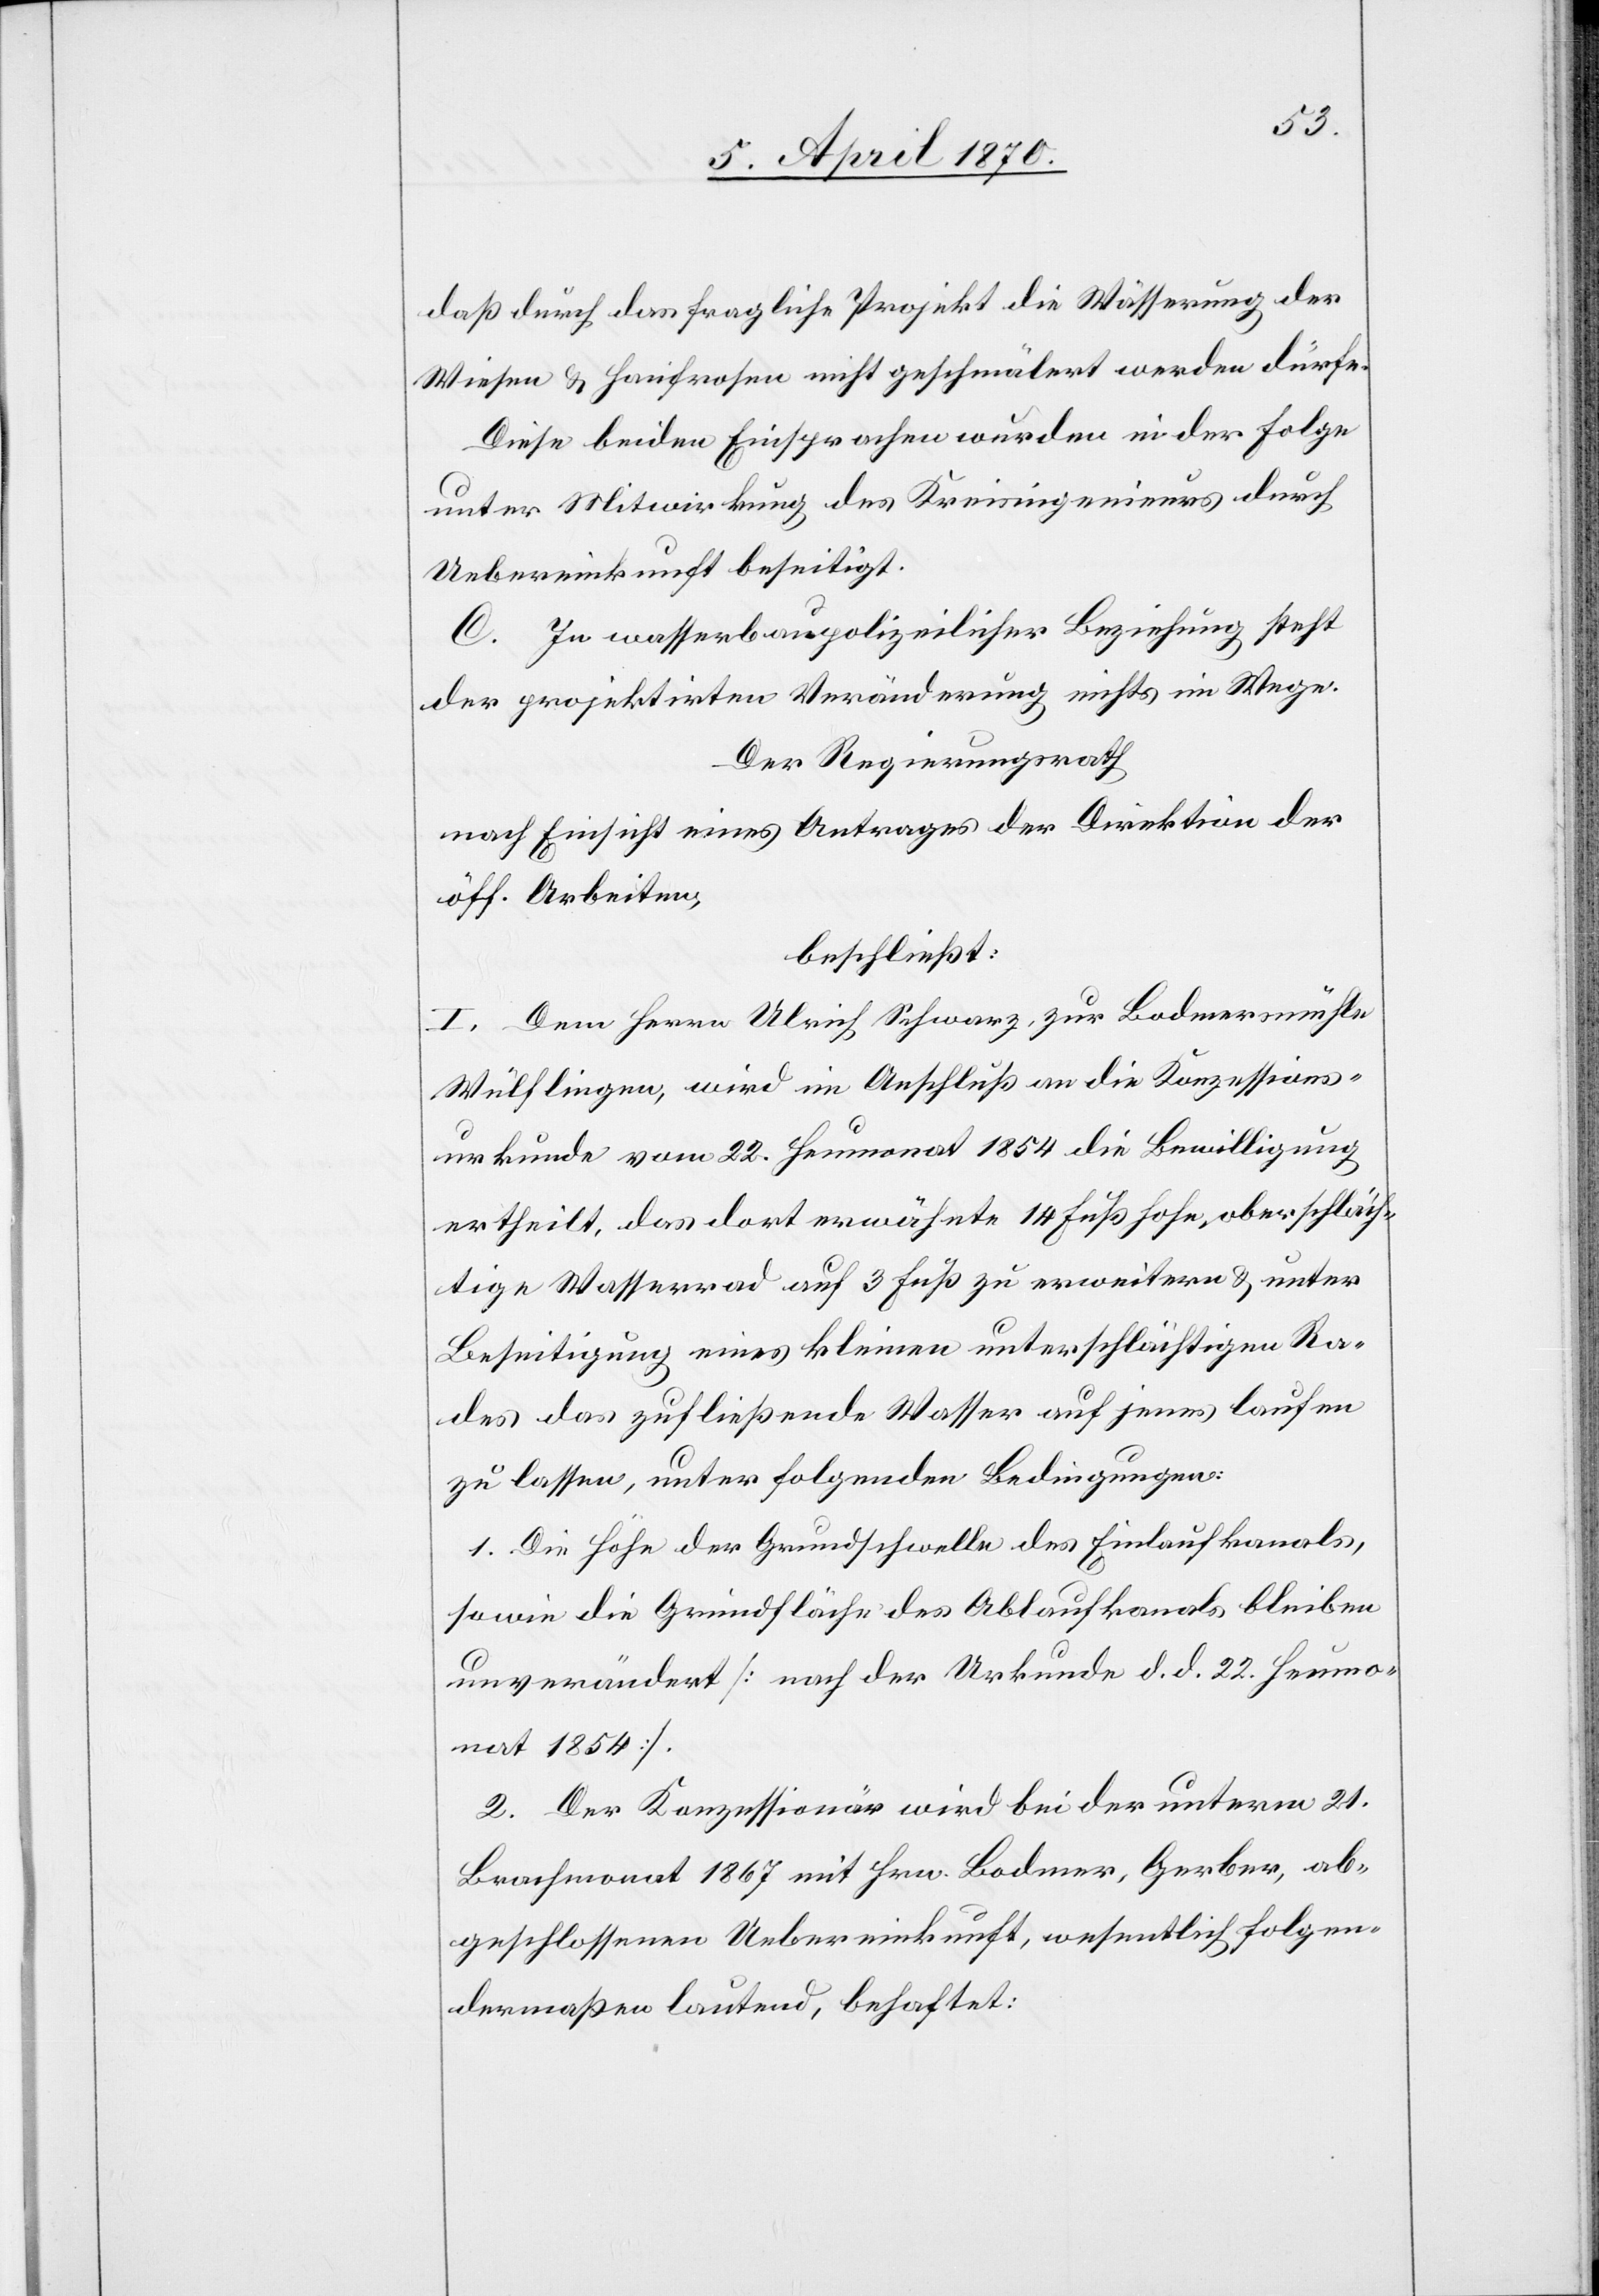
daß durch das fragliche Projekt die Wässerung der
Wiesen & Hanfrosen nicht geschmälert werden dürfe.
Diese beiden Einsprachen wurden in der Folge
unter Mitwirkung des Kreisingenieurs durch
Uebereinkunft beseitigt.
C. In wasserbaupolizeilicher Beziehung steht
der projektirten Veränderung nichts im Wege.
Der Regierungsrath
nach Einsicht eines Antrages der Direktion der
öff. Arbeiten,
beschließt:
I. Dem Herrn Ulrich Schwarz, zur Bodmersmühle
Wülflingen, wird im Anschluß an die Konzessions¬
urkunde vom 22. Heumonat 1854 die Bewilligung
ertheilt, das dort erwähnte 14 Fuß hohe, oberschläch¬
tige Wasserrad auf 3 Fuß zu erweitern & unter
Beseitigung eines kleinen unterschlächtigen Ra¬
des das zufließende Wasser auf jenes laufen
zu lassen, unter folgenden Bedingungen:
1. Die Höhe der Grundschwelle des Einlaufkanals,
sowie die Grundfläche des Ablaufkanals bleiben
unverändert [nach der Urkunde d. d. 22. Heumo¬
nat 1854].
2. Der Konzessionär wird bei der unterm 21.
Brachmonat 1867 mit Hrn. Bodmer, Gerber, ab¬
geschlossenen Uebereinkunft, wesentlich folgen¬
dermaßen lautend, behaftet: